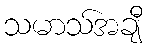
သမာသ်အချီ